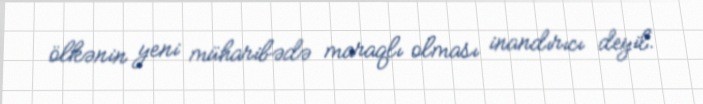
ölkənin yeni müharibədə maraqlı olması inandırıcı deyil.